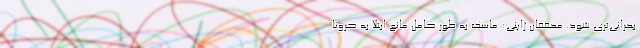
بحرانی‌تری شود. محققان ژاپنی: ماسک به طور کامل مانع ابتلا به کرونا